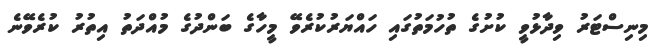
މިނިސްޓަރު ވިދާޅުވީ ކުށުގެ ތުހުމަތުގައި ހައްޔަރުކުރެވޭ މީހާގެ ބަންދުގެ މުއްދަތު އިތުރު ކުރެވޭނެ